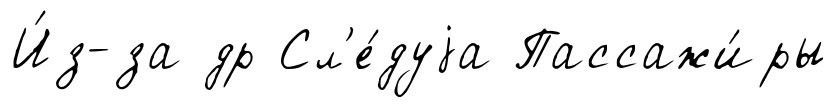
И́з-за др Сл'е́дуjа Пассажи́ры